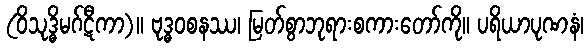
(ဝိသုဒ္ဓိမဂ်ဋီကာ)။ ဗုဒ္ဓဝစနဿ၊ မြတ်စွာဘုရားစကားတော်ကို။ ပရိယာပုဏနံ၊